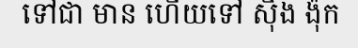
ទៅជា មាន ហើយទៅ ស៊ឹង ង៉ុក